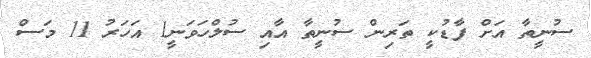
ސުނީތާ އަށް ފާޑުކީ ތަރިން ސުނީތާ އާއި ސުލްހަވަނީ1 އަހަރު 11 މަސް